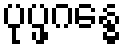
ပုပ္ဖဂန္ဓေ